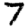
Digit: 7